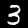
Label: 3